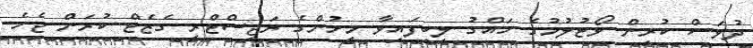
ދުވަސް ކުރިން ވޯޓުލުމުގެ ހައްގު ލިބިފައިވާ މީހުންގެ ރަޖިސްޓްރީ ގެޒެޓް ކުރަން ޖެހެ